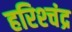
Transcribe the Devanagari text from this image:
हरिश्‍चंद्र